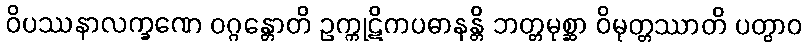
ဝိပဿနာလက္ခဏေ ဝဂ္ဂန္တောတိ ဥက္ကုဋိကပဓာနန္တိ ဘတ္တမုစ္ဆာ ဝိမုတ္တဿာတိ ပတွာဝ